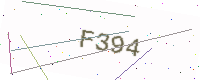
Text: F394